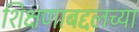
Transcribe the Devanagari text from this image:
शिक्षणाबद्दलच्या